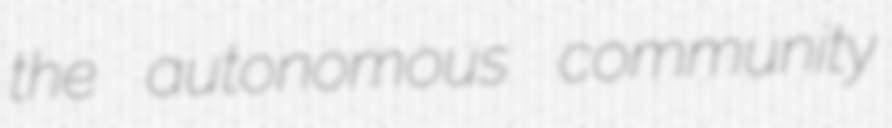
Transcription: the autonomous community